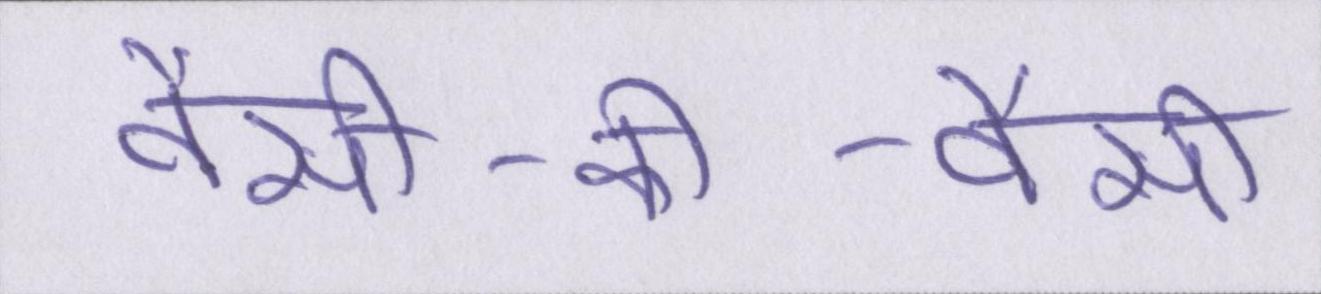
वैसी-की-वैसी